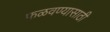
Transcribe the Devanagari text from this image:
फळवण्यासाठी